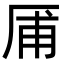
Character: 㕊